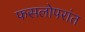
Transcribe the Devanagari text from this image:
फसलोपरांत